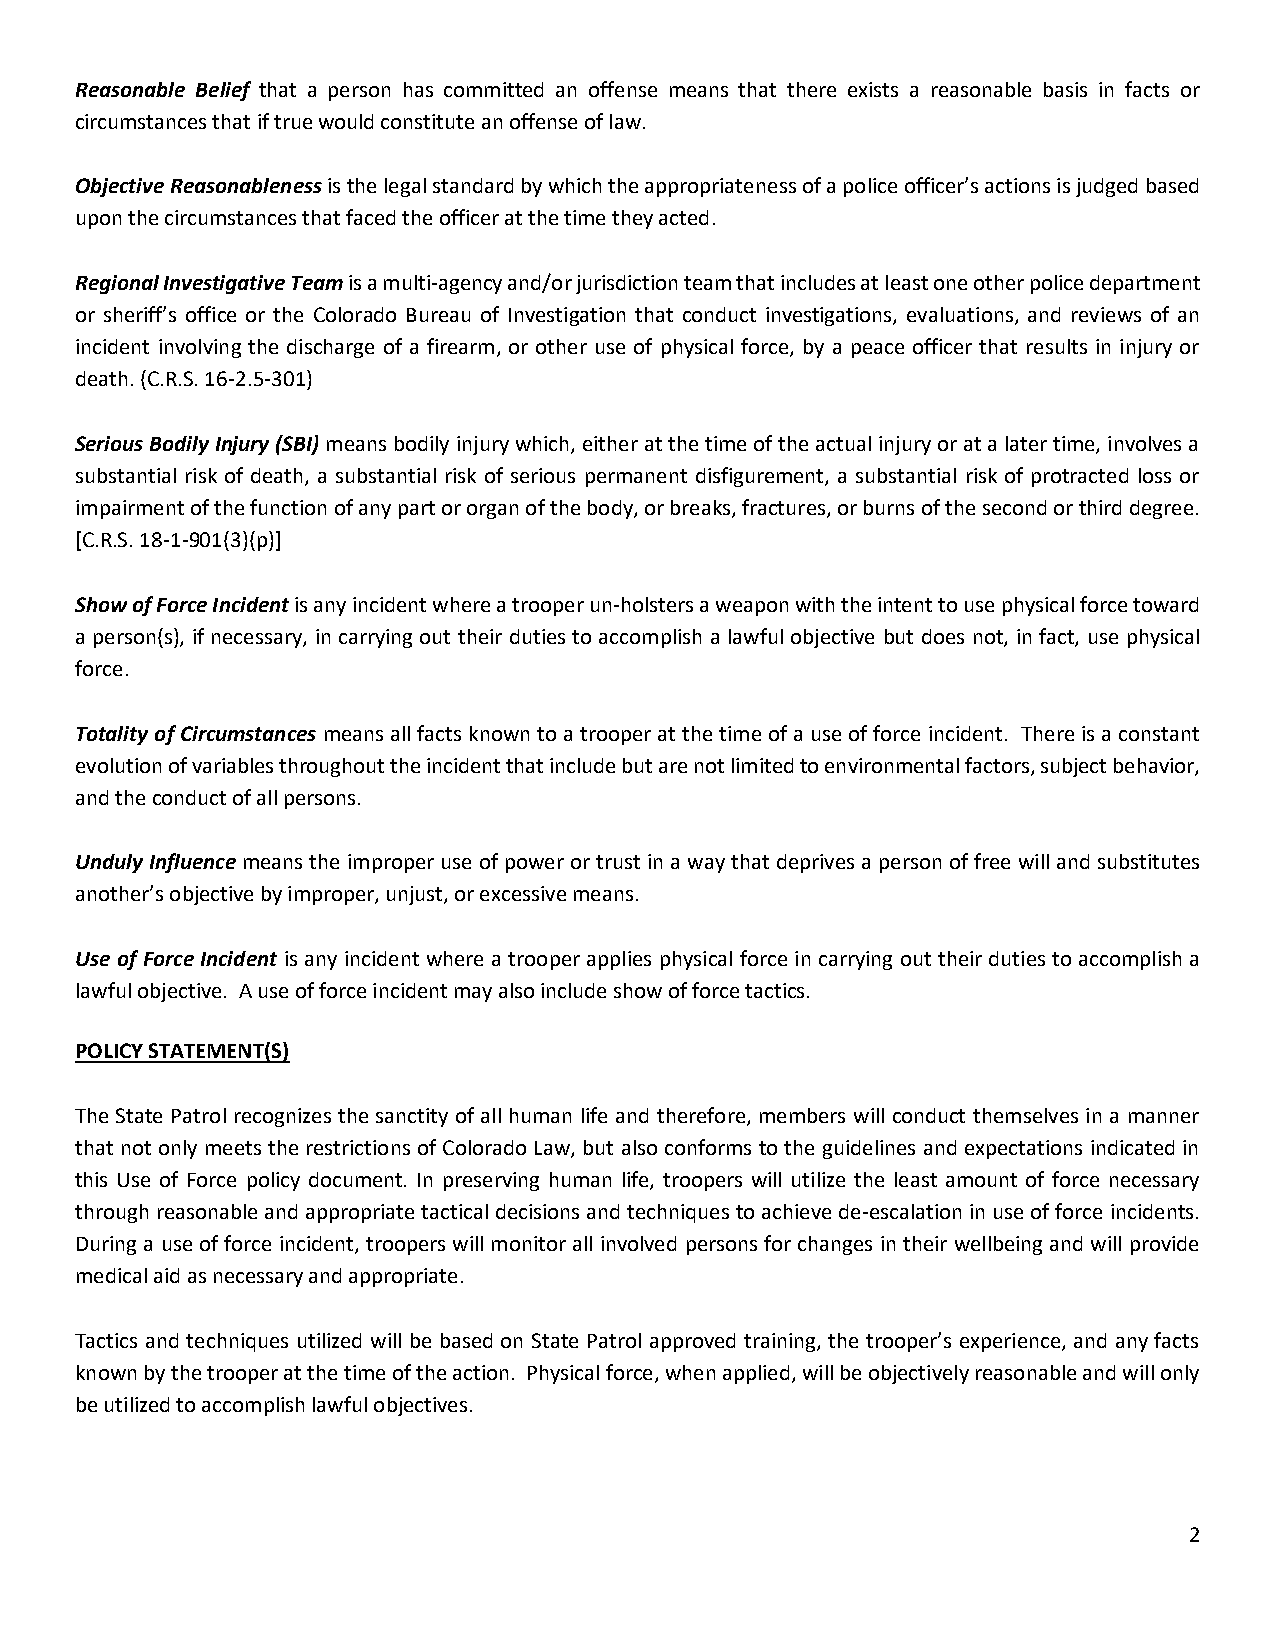
Reasonable Belief that a person has committed an offense means that there exists a reasonable basis in facts or
 circumstances that if true would constitute an offense of law.
 Objective Reasonableness is the legal standard by which the appropriateness of a police officer’s actions is judged based
 upon the circumstances that faced the officer at the time they acted.
 Regional Investigative Team is a multi-agency and/or jurisdiction team that includes at least one other police department
 or sheriff’s office or the Colorado Bureau of Investigation that conduct investigations, evaluations, and reviews of an
 incident involving the discharge of a firearm, or other use of physical force, by a peace officer that results in injury or
 death. (C.R.S. 16-2.5-301)
 Serious Bodily Injury (SBI) means bodily injury which, either at the time of the actual injury or at a later time, involves a
 substantial risk of death, a substantial risk of serious permanent disfigurement, a substantial risk of protracted loss or
 impairment of the function of any part or organ of the body, or breaks, fractures, or burns of the second or third degree.
 [C.R.S. 18-1-901(3)(p)]
 Show of Force Incident is any incident where a trooper un-holsters a weapon with the intent to use physical force toward
 a person(s), if necessary, in carrying out their duties to accomplish a lawful objective but does not, in fact, use physical
 force.
 Totality of Circumstances means all facts known to a trooper at the time of a use of force incident. There is a constant
 evolution of variables throughout the incident that include but are not limited to environmental factors, subject behavior,
 and the conduct of all persons.
 Unduly Influence means the improper use of power or trust in a way that deprives a person of free will and substitutes
 another’s objective by improper, unjust, or excessive means.
 Use of Force Incident is any incident where a trooper applies physical force in carrying out their duties to accomplish a
 lawful objective. A use of force incident may also include show of force tactics.
 POLICY STATEMENT(S)
 The State Patrol recognizes the sanctity of all human life and therefore, members will conduct themselves in a manner
 that not only meets the restrictions of Colorado Law, but also conforms to the guidelines and expectations indicated in
 this Use of Force policy document. In preserving human life, troopers will utilize the least amount of force necessary
 through reasonable and appropriate tactical decisions and techniques to achieve de-escalation in use of force incidents.
 During a use of force incident, troopers will monitor all involved persons for changes in their wellbeing and will provide
 medical aid as necessary and appropriate.
 Tactics and techniques utilized will be based on State Patrol approved training, the trooper’s experience, and any facts
 known by the trooper at the time of the action. Physical force, when applied, will be objectively reasonable and will only
 be utilized to accomplish lawful objectives.
 2